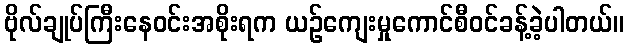
ဗိုလ်ချုပ်ကြီးနေဝင်းအစိုးရက ယဉ်ကျေးမှုကောင်စီဝင်ခန့်ခဲ့ပါတယ်။